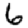
Digit: 6